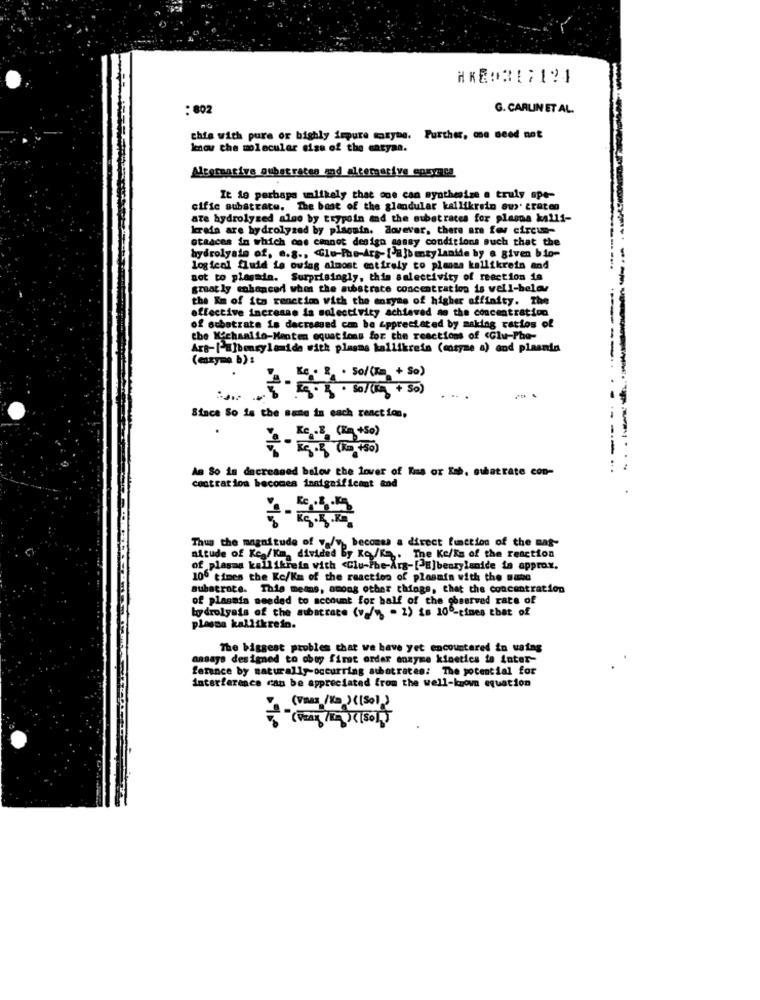
: 802
G. CARLIN ET AL.
this with pure or highly impure manyhe. Further, me need not
know the molecular sign of the caryaa.
Alternative oubet rates and altemative cosyncs
It is perhaps unlikely that one can synthesize a truly ope-
cific substrate. The best of the glandular kallikrein aws. craten
ate hydrolyzed algo by trypsin and the owbetraces for planna kalli-
krain are hydrolyzed by placain. dovevar, there are few circum-
otaaces in which one cannot design casey conditions such that the
hydrolyale of, e.g ., Glu-Phe-Ars- ['ajbenzy lanide hy a given bio-
logical fluid ie owing almost entirely to plansa kallikrein and
not to plagada. Surprisingly, this salectivity of reaction is
greatly enhanced when the substrate concentration is well-below
the Km of its renction with the enzyme of higher affinity. The
effective increase is selectivity achieved ao the concentration
of substrate is dacrossed cm be appreciated by making ratios of
the Kochaalio-Menten equations for che reactions of <Glu-Phe-
Ars-[m]bonsylemide with plagms kallikreis (mosyne a) and plaania
(enzyme b) :
. . So/(R + So)
.-....
+- + 50)
Since So is the sune in each reaction,
Am So in decreased below the lover of Kiss or Ish, ouhatrate con-
centration becomes insignificant and
Thus the magnitude of valy, becomes a direct function of the mag-
aitude of Kc./Km, divided By Ko/Ka ,. The Ke/Ks of the reaction
of plasma kall ikreis with <Clu-The-Ars-[E]beurylenide is approx.
100 times the Kc/Km of the reaction of plasmin with the wane
substrate. This means, among other things, that the concentration
of plasmin needed to account for half of the observed rate of
hydrolysis of the substrate (v./" . 2) is 10º-cines that of
plessa kallikrein.
The biggest problem that we have yet encountered in waing
ansays designed to obey first order enzyme kinetics to inter-
ference by naturally occurring aubatracee: The potential for
interference can be appreciated from the well-known equation
(VALE /Ka )(So))